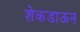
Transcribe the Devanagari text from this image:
शेकडाऊन